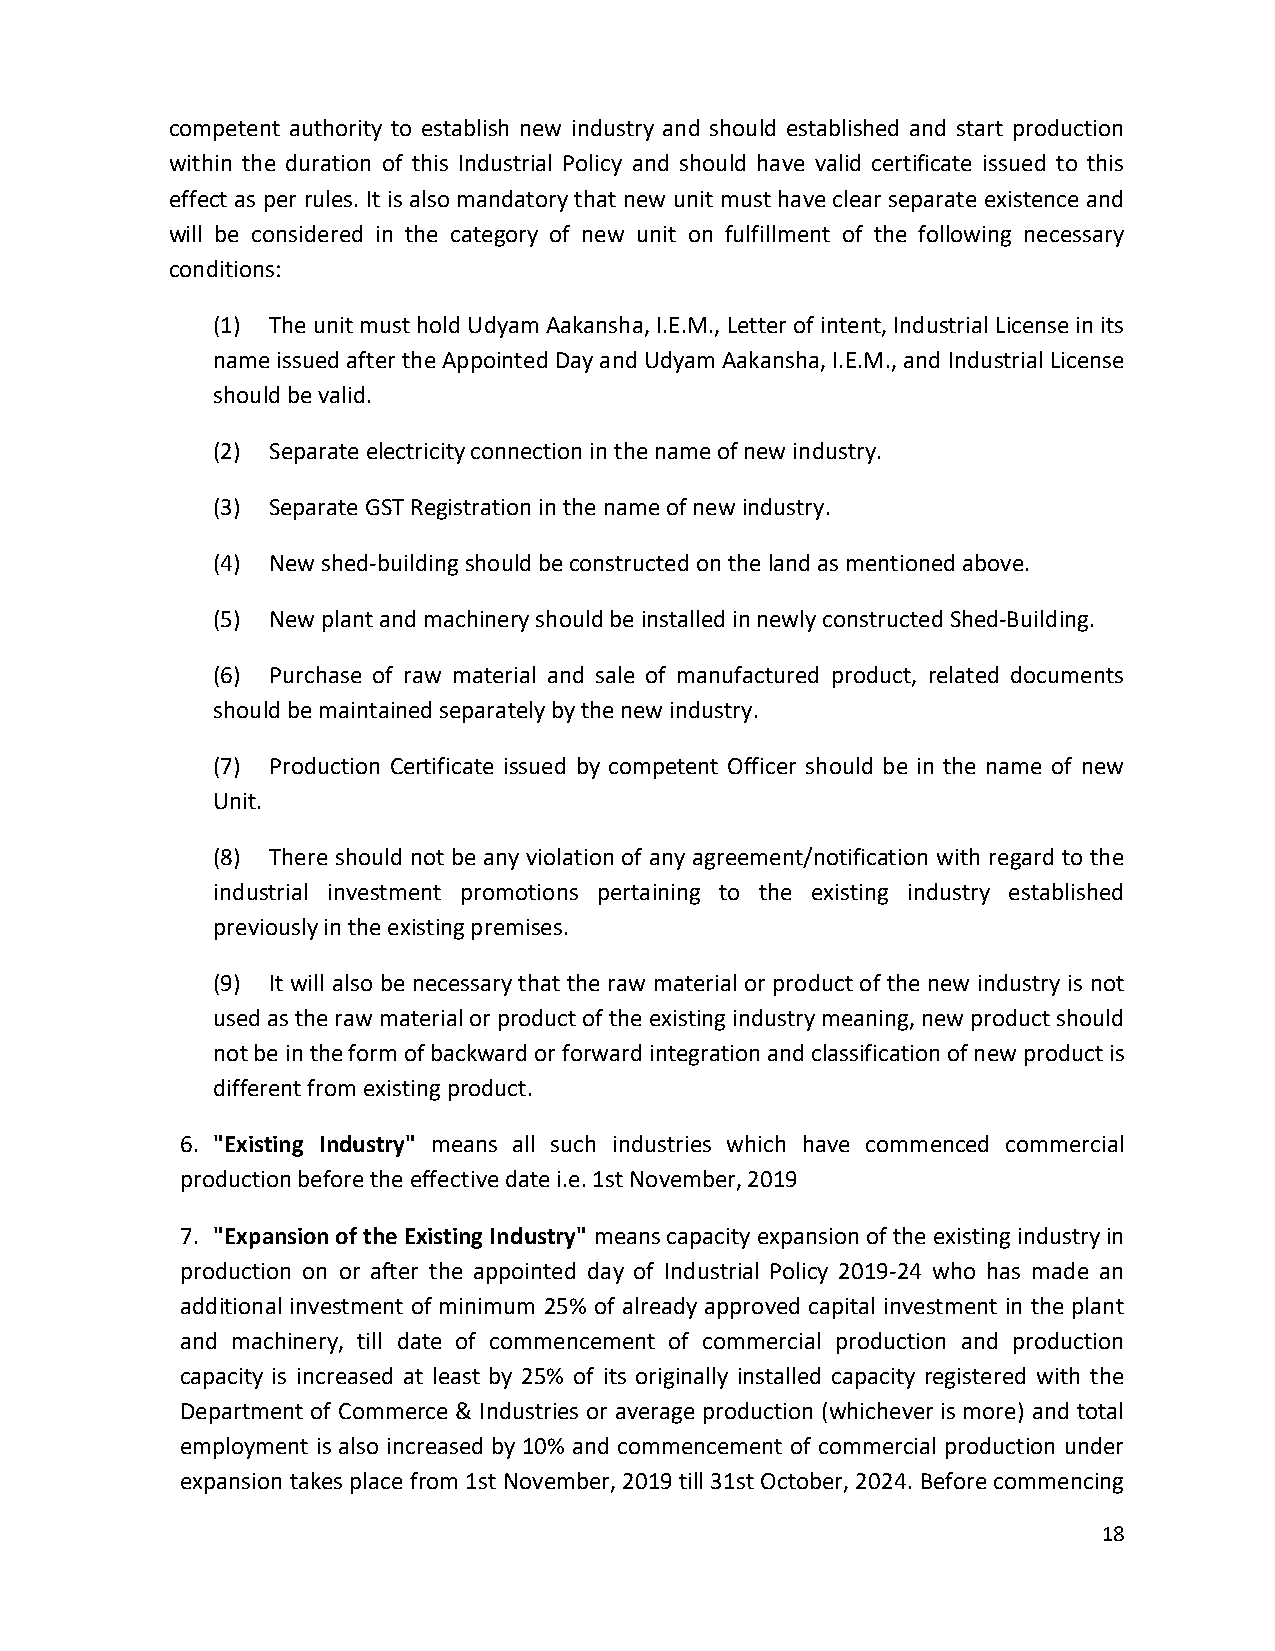
competent authority to establish new industry and should established and start production
 within the duration of this Industrial Policy and should have valid certificate issued to this
 effect as per rules. It is also mandatory that new unit must have clear separate existence and
 will be considered in the category of new unit on fulfillment of the following necessary
 conditions:
 (1) The unit must hold Udyam Aakansha, I.E.M., Letter of intent, Industrial License in its
 name issued after the Appointed Day and Udyam Aakansha, I.E.M., and Industrial License
 should be valid.
 (2) Separate electricity connection in the name of new industry.
 (3) Separate GST Registration in the name of new industry.
 (4) New shed-building should be constructed on the land as mentioned above.
 (5) New plant and machinery should be installed in newly constructed Shed-Building.
 (6) Purchase of raw material and sale of manufactured product, related documents
 should be maintained separately by the new industry.
 (7) Production Certificate issued by competent Officer should be in the name of new
 Unit.
 (8) There should not be any violation of any agreement/notification with regard to the
 industrial investment promotions pertaining to the existing industry established
 previously in the existing premises.
 (9) It will also be necessary that the raw material or product of the new industry is not
 used as the raw material or product of the existing industry meaning, new product should
 not be in the form of backward or forward integration and classification of new product is
 different from existing product.
 6. "Existing Industry" means all such industries which have commenced commercial
 production before the effective date i.e. 1st November, 2019
 7. "Expansion of the Existing Industry" means capacity expansion of the existing industry in
 production on or after the appointed day of Industrial Policy 2019-24 who has made an
 additional investment of minimum 25% of already approved capital investment in the plant
 and machinery, till date of commencement of commercial production and production
 capacity is increased at least by 25% of its originally installed capacity registered with the
 Department of Commerce & Industries or average production (whichever is more) and total
 employment is also increased by 10% and commencement of commercial production under
 expansion takes place from 1st November, 2019 till 31st October, 2024. Before commencing
 18